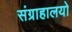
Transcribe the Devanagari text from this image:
संग्राहालयो